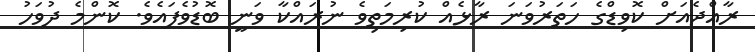
ރާއްޖެއަށް ކޮވިޑްގެ ހަތަރުވަނަ ރާޅެއް ކުރިމަތިވެ ނުރައްކާ ވަނީ ބޮޑުވެފައެވެ. ކޮންމެ ދުވަހު